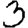
Digit: 3